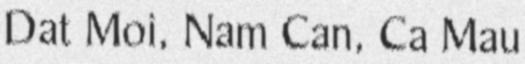
Dat Moi, Nam Can, Ca Mau